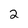
Character: 2